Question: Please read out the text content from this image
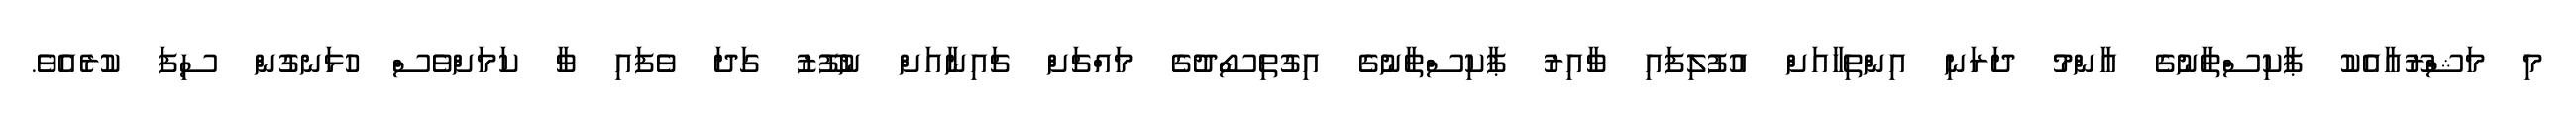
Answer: މި މަޝްރޫއާއެކު ޕާކިސްތާނުގެ އާންމު ދަރަނި އިންތިހާއަށް އުފުލިފައި ވާއިރު ޕާކިސްތާނުގެ އިގުތިސޯދުގެ މައްޗަށް ޗައިނާއަށް ނުފޫޒު ގަދަ ވެފައި ވާ ކަމަށްވެސް ހުޅަނގުން ސިފަ ކުރެއެވެ.